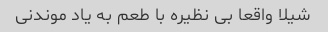
شیلا واقعا بی نظیره با طعم به یاد موندنی